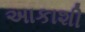
અાકાશી